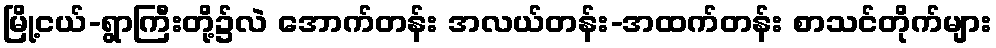
မြို့ငယ်-ရွာကြီးတို့၌လဲ အောက်တန်း အလယ်တန်း-အထက်တန်း စာသင်တိုက်များ